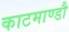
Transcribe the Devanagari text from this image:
काटमाण्डौ